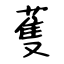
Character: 蒦